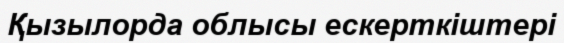
Қызылорда облысы ескерткіштері